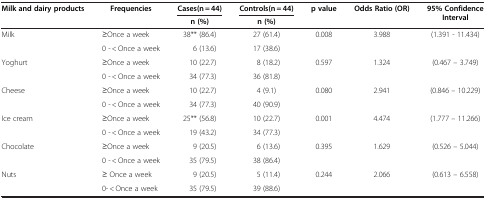
<table><thead><tr><td rowspan="2"><b>Milk and dairy products</b></td><td rowspan="2"><b>Frequencies</b></td><td><b>Cases(n = 44)</b></td><td><b>Controls(n = 44)</b></td><td rowspan="2"><b>p value</b></td><td rowspan="2"><b>Odds Ratio (OR)</b></td><td rowspan="2"><b>95% Confidence Interval</b></td></tr><tr><td><b>n (%)</b></td><td><b>n (%)</b></td></tr></thead><tbody><tr><td rowspan="2">Milk</td><td>≥Once a week</td><td>38** (86.4)</td><td>27 (61.4)</td><td>0.008</td><td>3.988</td><td>(1.391 - 11.434)</td></tr><tr><td>0 - &lt; Once a week</td><td>6 (13.6)</td><td>17 (38.6)</td><td> </td><td> </td><td> </td></tr><tr><td rowspan="2">Yoghurt</td><td>≥Once a week</td><td>10 (22.7)</td><td>8 (18.2)</td><td>0.597</td><td>1.324</td><td>(0.467 – 3.749)</td></tr><tr><td>0 - &lt; Once a week</td><td>34 (77.3)</td><td>36 (81.8)</td><td> </td><td> </td><td> </td></tr><tr><td rowspan="2">Cheese</td><td>≥Once a week</td><td>10 (22.7)</td><td>4 (9.1)</td><td>0.080</td><td>2.941</td><td>(0.846 – 10.229)</td></tr><tr><td>0 - &lt; Once a week</td><td>34 (77.3)</td><td>40 (90.9)</td><td> </td><td> </td><td> </td></tr><tr><td rowspan="2">Ice cream</td><td>≥Once a week</td><td>25** (56.8)</td><td>10 (22.7)</td><td>0.001</td><td>4.474</td><td>(1.777 – 11.266)</td></tr><tr><td>0 - &lt; Once a week</td><td>19 (43.2)</td><td>34 (77.3)</td><td> </td><td> </td><td> </td></tr><tr><td>Chocolate</td><td>≥Once a week</td><td>9 (20.5)</td><td>6 (13.6)</td><td>0.395</td><td>1.629</td><td>(0.526 – 5.044)</td></tr><tr><td> </td><td>0 - &lt; Once a week</td><td>35 (79.5)</td><td>38 (86.4)</td><td> </td><td> </td><td> </td></tr><tr><td>Nuts</td><td>≥ Once a week</td><td>9 (20.5)</td><td>5 (11.4)</td><td>0.244</td><td>2.066</td><td>(0.613 – 6.558)</td></tr><tr><td> </td><td>0- &lt; Once a week</td><td>35 (79.5)</td><td>39 (88.6)</td><td> </td><td> </td><td> </td></tr></tbody></table>